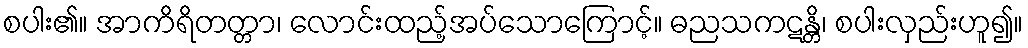
စပါး၏။ အာကိရိတတ္တာ၊ လောင်းထည့်အပ်သောကြောင့်။ ဓညသကဋန္တိ၊ စပါးလှည်းဟူ၍။